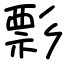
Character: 彯